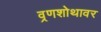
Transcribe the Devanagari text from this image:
व्रणशोथावर